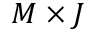
M \times J